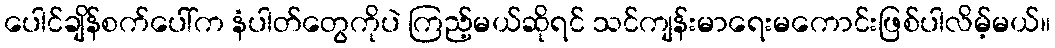
ပေါင်ချိန်စက်ပေါ်က နံပါတ်တွေကိုပဲ ကြည့်မယ်ဆိုရင် သင်ကျန်းမာရေးမကောင်းဖြစ်ပါလိမ့်မယ်။